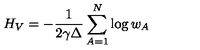
H _ { V } = - \frac { 1 } { 2 \gamma \Delta } \sum _ { A = 1 } ^ { N } \log w _ { A }